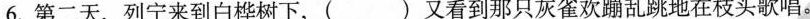
6.第二天，列宁来到白桦树下，( )又看到那只灰雀欢蹦乱跳地在枝头歌唱。